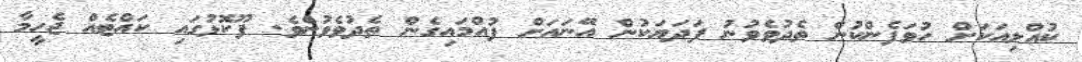
ކުއްލިއަކަށް ހުވަފެންކުން ތެދުވެވުނު ފަދަޔަކުން އޭނައަށް ފުއްމައިގެން ތެދުވެވުނެވެ. ފޫކޮޅުގައި ކައްޓެއް ޖެހީމާ